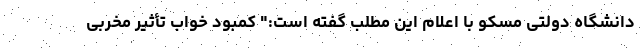
دانشگاه دولتی مسکو با اعلام این مطلب گفته است:" كمبود خواب تأثیر مخربی